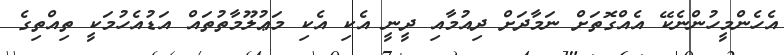
އެހެންމީހުންނެކޭ އެއްގޮތަށް ނަމާދަށް ދިއުމާއި ދީނީ އެކި އެކި މަޢުލޫމާތުތައް އަޑުއެހުމަކީ ތިއްތިގެ